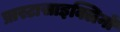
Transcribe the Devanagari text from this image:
प्रास्टासाइक्लिनों